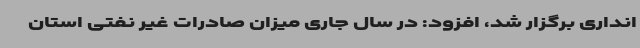
انداری برگزار شد، افزود: در سال جاری میزان صادرات غیر نفتی استان